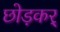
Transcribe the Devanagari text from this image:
छोड़कर्